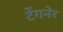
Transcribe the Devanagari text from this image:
टेंगनेर